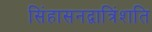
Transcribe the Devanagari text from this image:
सिंहासनद्वात्रिंशति